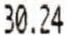
30.24